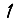
Digit: 1